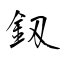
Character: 釼